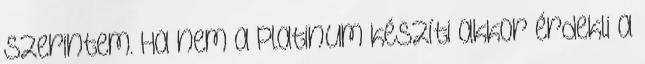
szerintem. Ha nem a Platinum készíti akkor érdekli a